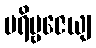
ပရိဗ္ဗဇေယျ